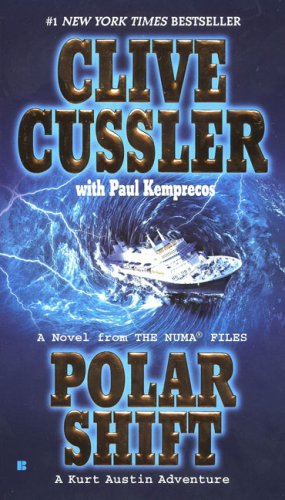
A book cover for Polar Shift (The NUMA Files); Clive Cussler; Literature & Fiction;